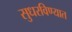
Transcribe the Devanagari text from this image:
सुधरविण्यात